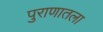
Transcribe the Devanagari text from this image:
पुराणातला